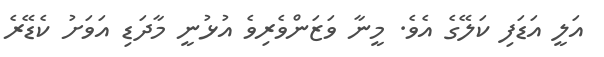
އަލީ އަޑަފި ކަލޭގެ އެވެ. މީނާ ވަޒަންވެރިވެ އުޅުނީ މާދަޑި އަވަށު ކެޑޭރެ